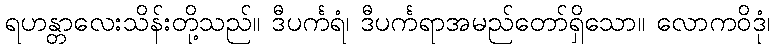
ရဟန္တာလေးသိန်းတို့သည်။ ဒီပင်္ကရံ၊ ဒီပင်္ကရာအမည်တော်ရှိသော။ လောကဝိဒုံ၊